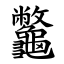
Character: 龞